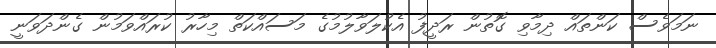
ނަމަވެސް ކަންތައް ދިމާވި ގޮތުން ރަދީފު އެކުލަވާލުމުގެ މަސައްކަތް މިހާރު ކުރައްވަމުން ގެންދަވަނީ